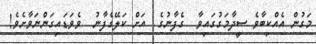
މަގުން އެއްކިބާވެ ސީދާމަގުގައިވާ  ގެފާނުގެ  އަށް ކަލޭގެފާނު  ވެވަޑައިގަންނަވާށެވެ!